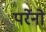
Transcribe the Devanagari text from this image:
पर्रेनो